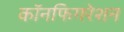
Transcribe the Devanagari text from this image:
कॉनफिगरेशन